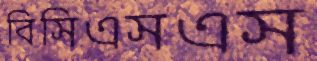
বিসিএসএস